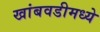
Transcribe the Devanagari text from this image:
खांबवडीमध्ये